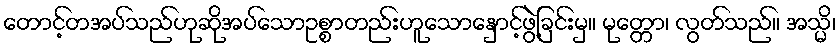
တောင့်တအပ်သည်ဟုဆိုအပ်သောဥစ္စာတည်းဟူသောနှောင့်ဖွဲ့ခြင်းမှ။ မုတ္တော၊ လွတ်သည်။ အသ္မိ၊